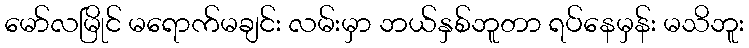
မော်လမြိုင် မရောက်မချင်း လမ်းမှာ ဘယ်နှစ်ဘူတာ ရပ်နေမှန်း မသိဘူး